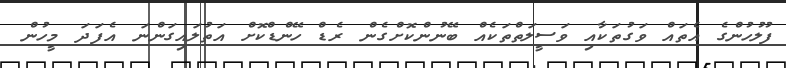
ފުލުހުންގެ އެތައް ވަގުތަކާއި ވަސީލަތްތަކެއް ބޭނުންކޮށްގެން ރެޑް ހޭންޑްކޮށް އަތުލައިގަންނަ އެފަދަ މީހުން